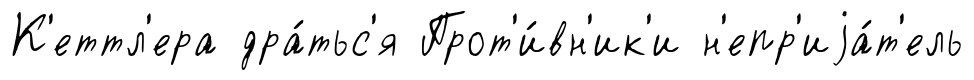
К'еттл'ера дра́тьс'я Прот'и́вн'ик'и н'епр'иjа́т'ель